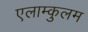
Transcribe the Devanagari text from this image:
एलाम्कुलम